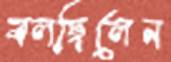
বলছিলেন